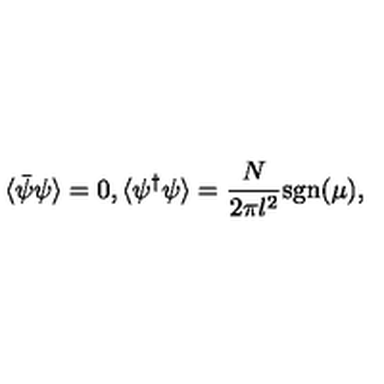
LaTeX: \langle \bar { \psi } \psi \rangle = 0 , \langle \psi ^ { \dagger } \psi \rangle = \frac { N } { 2 \pi l ^ { 2 } } \mathrm { s g n } ( \mu ) ,